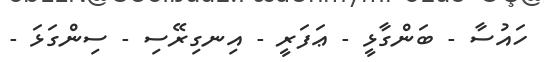
ހައުސާ - ބަންގާޅީ - ޢަފަރީ - އިނގިރޭސި - ސިންގަޅަ -